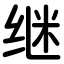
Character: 继